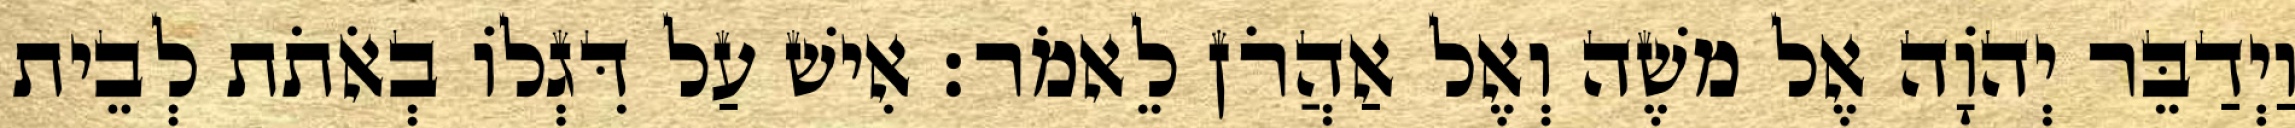
וַיְדַבֵּר יְהֹוָה אֶל משֶׁה וְאֶל אַהֲרֹן לֵאמֹר׃ אִישׁ עַל דִּגְלוֹ בְאֹתֹת לְבֵית